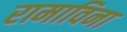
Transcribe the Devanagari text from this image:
रामाविना